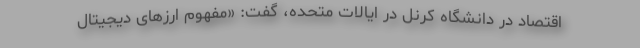
اقتصاد در دانشگاه کرنل در ایالات متحده، گفت: «مفهوم ارزهای دیجیتال